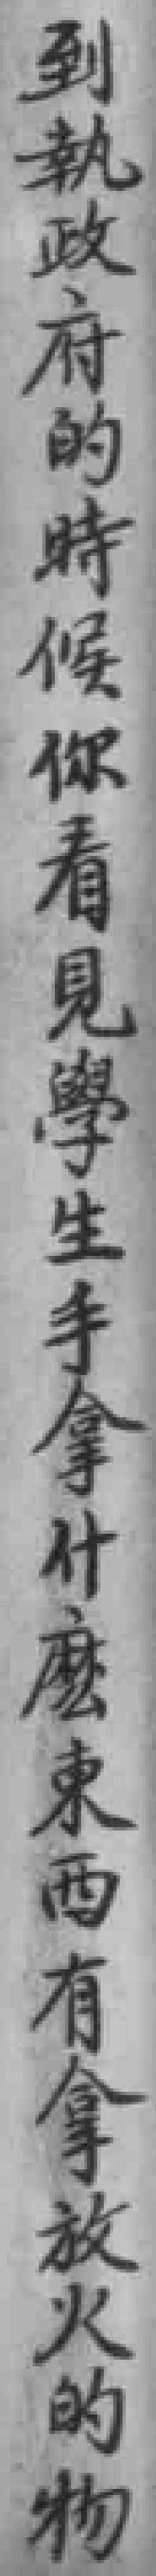
到執政府的時候你看見學生手拿什麽東西有拿放火的物